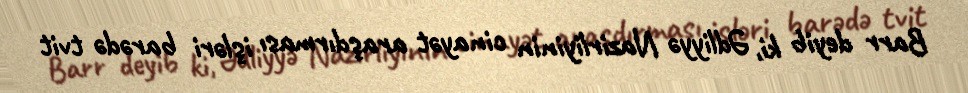
Barr deyib ki, Ədliyyə Nazirliyinin cinayət araşdırması işləri barədə tvit